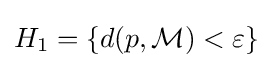
H_{1}=\{d(p,{\mathcal {M}})<\varepsilon \}